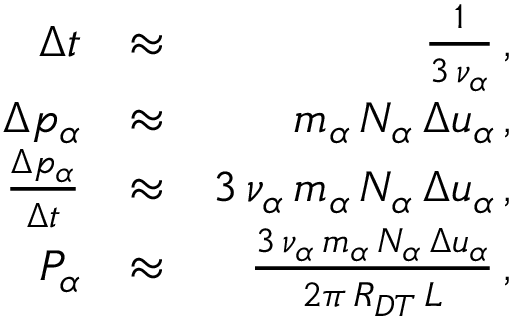
\begin{array} { r l r } { \Delta t } & { \approx } & { \frac { 1 } { 3 \, \nu _ { \alpha } } \, , } \\ { \Delta p _ { \alpha } } & { \approx } & { m _ { \alpha } \, N _ { \alpha } \, \Delta u _ { \alpha } \, , } \\ { \frac { \Delta p _ { \alpha } } { \Delta t } } & { \approx } & { 3 \, \nu _ { \alpha } \, m _ { \alpha } \, N _ { \alpha } \, \Delta u _ { \alpha } \, , } \\ { P _ { \alpha } } & { \approx } & { \frac { 3 \, \nu _ { \alpha } \, m _ { \alpha } \, N _ { \alpha } \, \Delta u _ { \alpha } } { 2 \pi \, R _ { D T } \, L } \, , } \end{array}